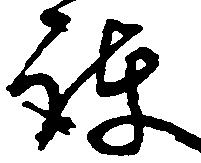
護